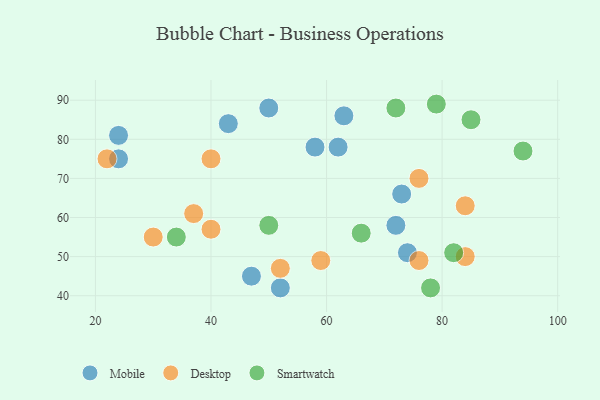
{"axis": {"x": "GDP", "y": "Life Expectancy"}, "legend": ["Desktop", "Mobile", "Smartwatch"], "data": [{"x": "63", "y": 86, "type": "Mobile"}, {"x": "47", "y": 45, "type": "Mobile"}, {"x": "43", "y": 84, "type": "Mobile"}, {"x": "24", "y": 75, "type": "Mobile"}, {"x": "74", "y": 51, "type": "Mobile"}, {"x": "62", "y": 78, "type": "Mobile"}, {"x": "73", "y": 66, "type": "Mobile"}, {"x": "24", "y": 81, "type": "Mobile"}, {"x": "52", "y": 42, "type": "Mobile"}, {"x": "72", "y": 58, "type": "Mobile"}, {"x": "58", "y": 78, "type": "Mobile"}, {"x": "50", "y": 88, "type": "Mobile"}, {"x": "40", "y": 57, "type": "Desktop"}, {"x": "52", "y": 47, "type": "Desktop"}, {"x": "84", "y": 50, "type": "Desktop"}, {"x": "30", "y": 55, "type": "Desktop"}, {"x": "76", "y": 70, "type": "Desktop"}, {"x": "22", "y": 75, "type": "Desktop"}, {"x": "59", "y": 49, "type": "Desktop"}, {"x": "37", "y": 61, "type": "Desktop"}, {"x": "84", "y": 63, "type": "Desktop"}, {"x": "76", "y": 49, "type": "Desktop"}, {"x": "40", "y": 75, "type": "Desktop"}, {"x": "78", "y": 42, "type": "Smartwatch"}, {"x": "85", "y": 85, "type": "Smartwatch"}, {"x": "79", "y": 89, "type": "Smartwatch"}, {"x": "82", "y": 51, "type": "Smartwatch"}, {"x": "34", "y": 55, "type": "Smartwatch"}, {"x": "72", "y": 88, "type": "Smartwatch"}, {"x": "50", "y": 58, "type": "Smartwatch"}, {"x": "66", "y": 56, "type": "Smartwatch"}, {"x": "94", "y": 77, "type": "Smartwatch"}]}